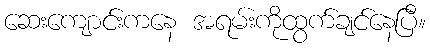
ဆေးကျောင်းကနေ အရမ်းကိုထွက်ချင်နေပြီ။